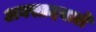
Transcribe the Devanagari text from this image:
अवसादवाले